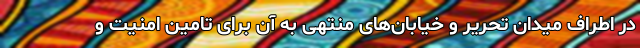
در اطراف میدان تحریر و خیابان‌های منتهی به آن برای تامین امنیت و